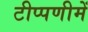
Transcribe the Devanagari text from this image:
टीप्‍पणीमें